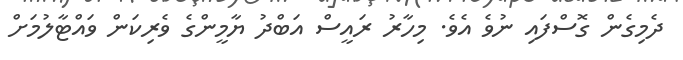
ދެމިގެން ގޮސްފައި ނުވެ އެވެ. މިހާރު ރައީސް އަބްދު ޔާމީންގެ ވެރިކަން ވައްޓާލުމަށް